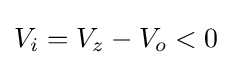
V_{i}=V_{z}-V_{o}<0